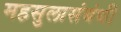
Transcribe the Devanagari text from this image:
महसुलासंबंधी